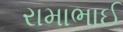
રામાભાઈ